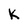
Character: k